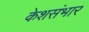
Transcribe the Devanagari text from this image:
केशसंभार